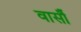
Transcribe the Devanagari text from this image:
वार्सौ